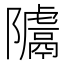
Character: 𨽚